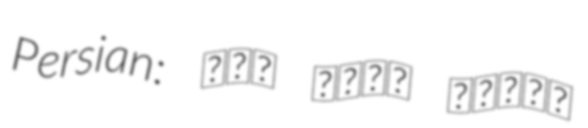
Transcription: Persian: سید مهدی حسینی